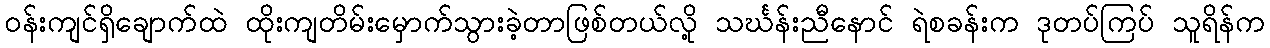
ဝန်းကျင်ရှိချောက်ထဲ ထိုးကျတိမ်းမှောက်သွားခဲ့တာဖြစ်တယ်လို့ သင်္ဃန်းညီနောင် ရဲစခန်းက ဒုတပ်ကြပ် သူရိန်က